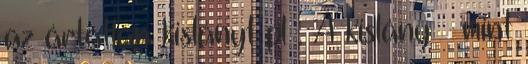
az ártatlan kislányt pl . A kislány – mint